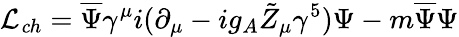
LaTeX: {\cal L}_{\mathit ch}=\overline{{{\Psi}}}\gamma^{\mu}i(\partial_{\mu}-ig_{A}\tilde{Z}_{\mu}\gamma^{5})\Psi-m\overline{{{\Psi}}}\Psi